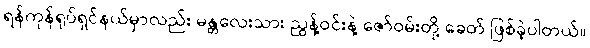
ရန်ကုန်ရုပ်ရှင်နယ်မှာလည်း မန္တလေးသား ညွန့်ဝင်းနဲ့ ဇော်ဝမ်းတို့ ခေတ် ဖြစ်ခဲ့ပါတယ်။